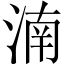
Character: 湳